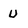
Character: U